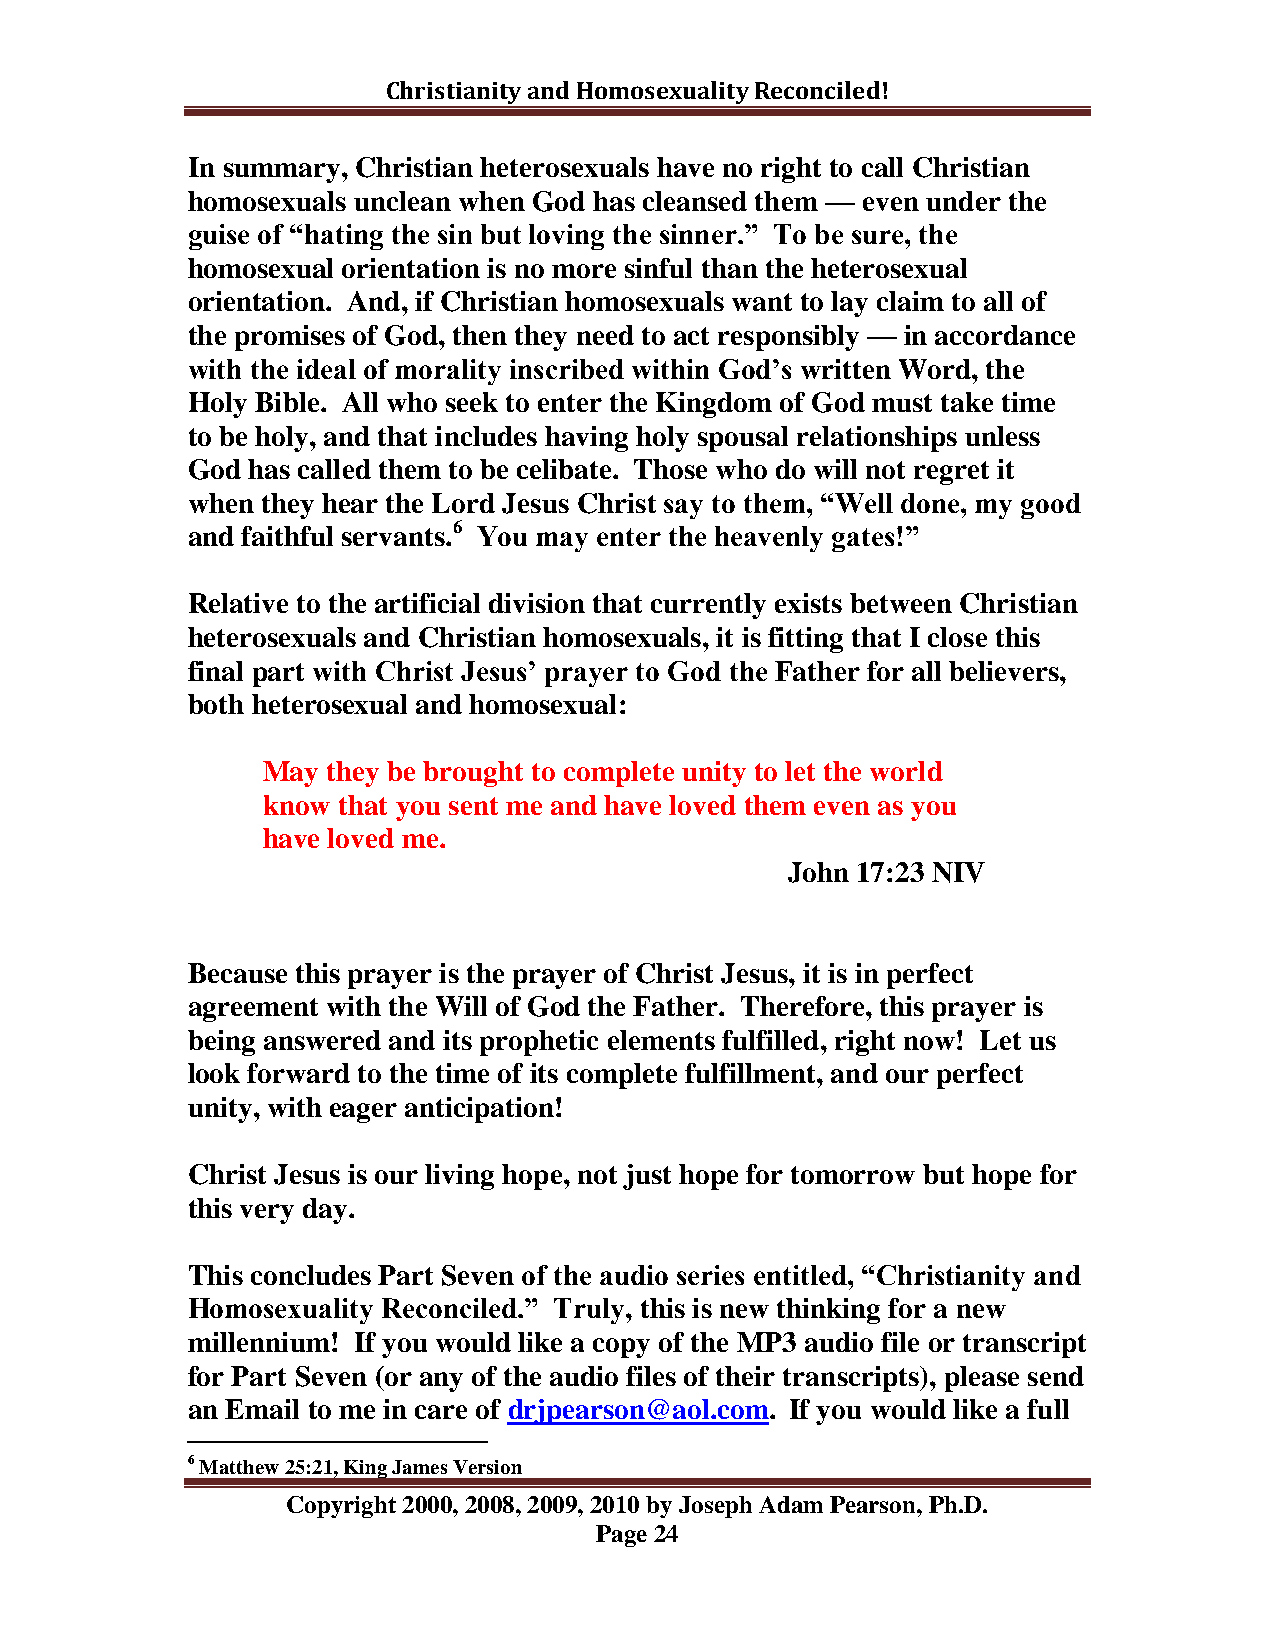
Christianity and Homosexuality Reconciled!
 In summary, Christian heterosexuals have no right to call Christian
 homosexuals unclean when God has cleansed them — even under the
 guise of “hating the sin but loving the sinner.” To be sure, the
 homosexual orientation is no more sinful than the heterosexual
 orientation. And, if Christian homosexuals want to lay claim to all of
 the promises of God, then they need to act responsibly — in accordance
 with the ideal of morality inscribed within God‟s written Word, the
 Holy Bible. All who seek to enter the Kingdom of God must take time
 to be holy, and that includes having holy spousal relationships unless
 God has called them to be celibate. Those who do will not regret it
 when they hear the Lord Jesus Christ say to them, “Well done, my good
 and faithful servants.6 You may enter the heavenly gates!”
 Relative to the artificial division that currently exists between Christian
 heterosexuals and Christian homosexuals, it is fitting that I close this
 final part with Christ Jesus‟ prayer to God the Father for all believers,
 both heterosexual and homosexual:
 May  they be brought to complete unity to let the world
 know that you sent me and have loved them even as you
 have loved me.
 John 17:23 NIV
 Because this prayer is the prayer of Christ Jesus, it is in perfect
 agreement with the Will of God the Father. Therefore, this prayer is
 being answered and its prophetic elements fulfilled, right now! Let us
 look forward to the time of its complete fulfillment, and our perfect
 unity, with eager anticipation!
 Christ Jesus is our living hope, not just hope for tomorrow but hope for
 this very day.
 This concludes Part Seven of the audio series entitled, “Christianity and
 Homosexuality Reconciled.” Truly, this is new thinking for a new
 millennium! If you would like a copy of the MP3 audio file or transcript
 for Part Seven (or any of the audio files of their transcripts), please send
 an Email to me in care of drjpearson@aol.com. If you would like a full
 6 Matthew 25:21, King James Version
 Copyright 2000, 2008, 2009, 2010 by Joseph Adam Pearson, Ph.D.
 Page 24